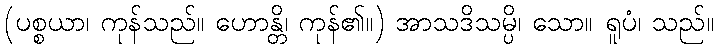
(ပစ္စယာ၊ ကုန်သည်။ ဟောန္တိ၊ ကုန်၏။) အာသဒိသမ္ပိ၊ သော။ ရူပံ၊ သည်။